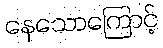
နေသောကြောင့်